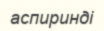
аспиринді